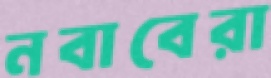
নবাবেরা